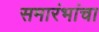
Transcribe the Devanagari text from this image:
समारंभांचा